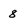
Character: 8